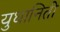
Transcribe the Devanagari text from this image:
युधानिती